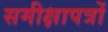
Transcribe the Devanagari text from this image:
समीक्षापत्रों